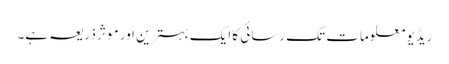
ریڈیو معلومات تک رسائی کا ایک بہترین اور موثر ذریعہ ہے۔